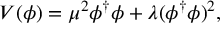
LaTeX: V ( \phi ) = \mu ^ { 2 } \phi ^ { \dagger } \phi + \lambda ( \phi ^ { \dagger } \phi ) ^ { 2 } ,